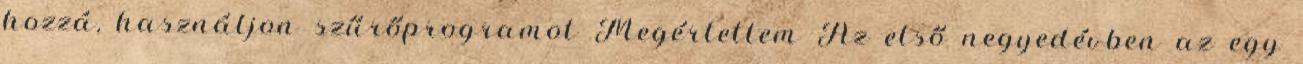
hozzá, használjon szűrőprogramot Megértettem Az első negyedévben az egy